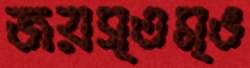
জয়স্তম্ভ